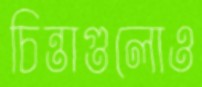
চিন্তাগুলোও